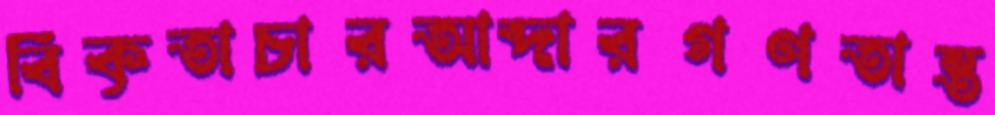
বিকৃতাচারআব্দারগণতান্ত